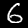
Label: 6